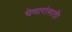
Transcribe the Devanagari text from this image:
घेणारांसाठी